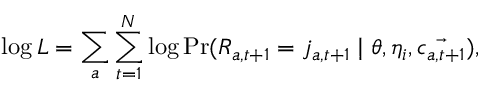
\log L = \sum _ { a } \sum _ { t = 1 } ^ { N } \log \operatorname* { P r } ( R _ { a , t + 1 } = j _ { a , t + 1 } \mid \theta , \eta _ { i } , \vec { c _ { a , t + 1 } } ) ,